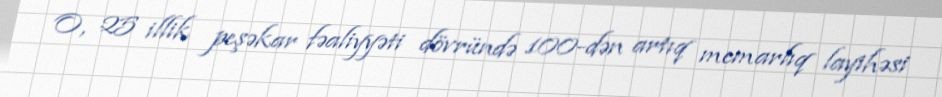
O, 25 illik peşəkar fəaliyyəti dövründə 100-dən artıq memarlıq layihəsi